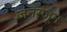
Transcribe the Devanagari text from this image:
जनस्जून